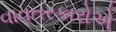
વાવતરકારોએ